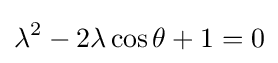
\lambda ^{2}-2\lambda \cos \theta +1=0